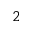
{ 2 }